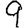
Digit: 9